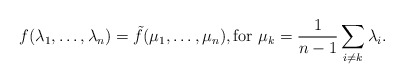
\begin{align*} f(\lambda_1, \ldots, \lambda_n) = \tilde{f}(\mu_1, \ldots, \mu_n), \textrm{for }\mu_k = \frac{1}{n-1}\sum_{i\ne k} \lambda_i. \end{align*}